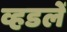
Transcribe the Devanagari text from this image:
व्हडलें